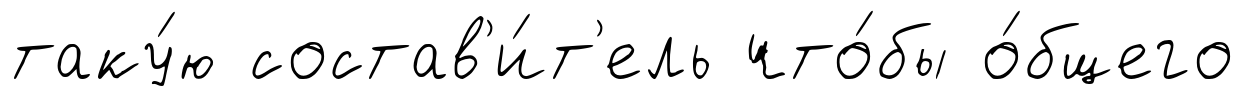
таку́ю состав'и́т'ель что́бы о́бщего